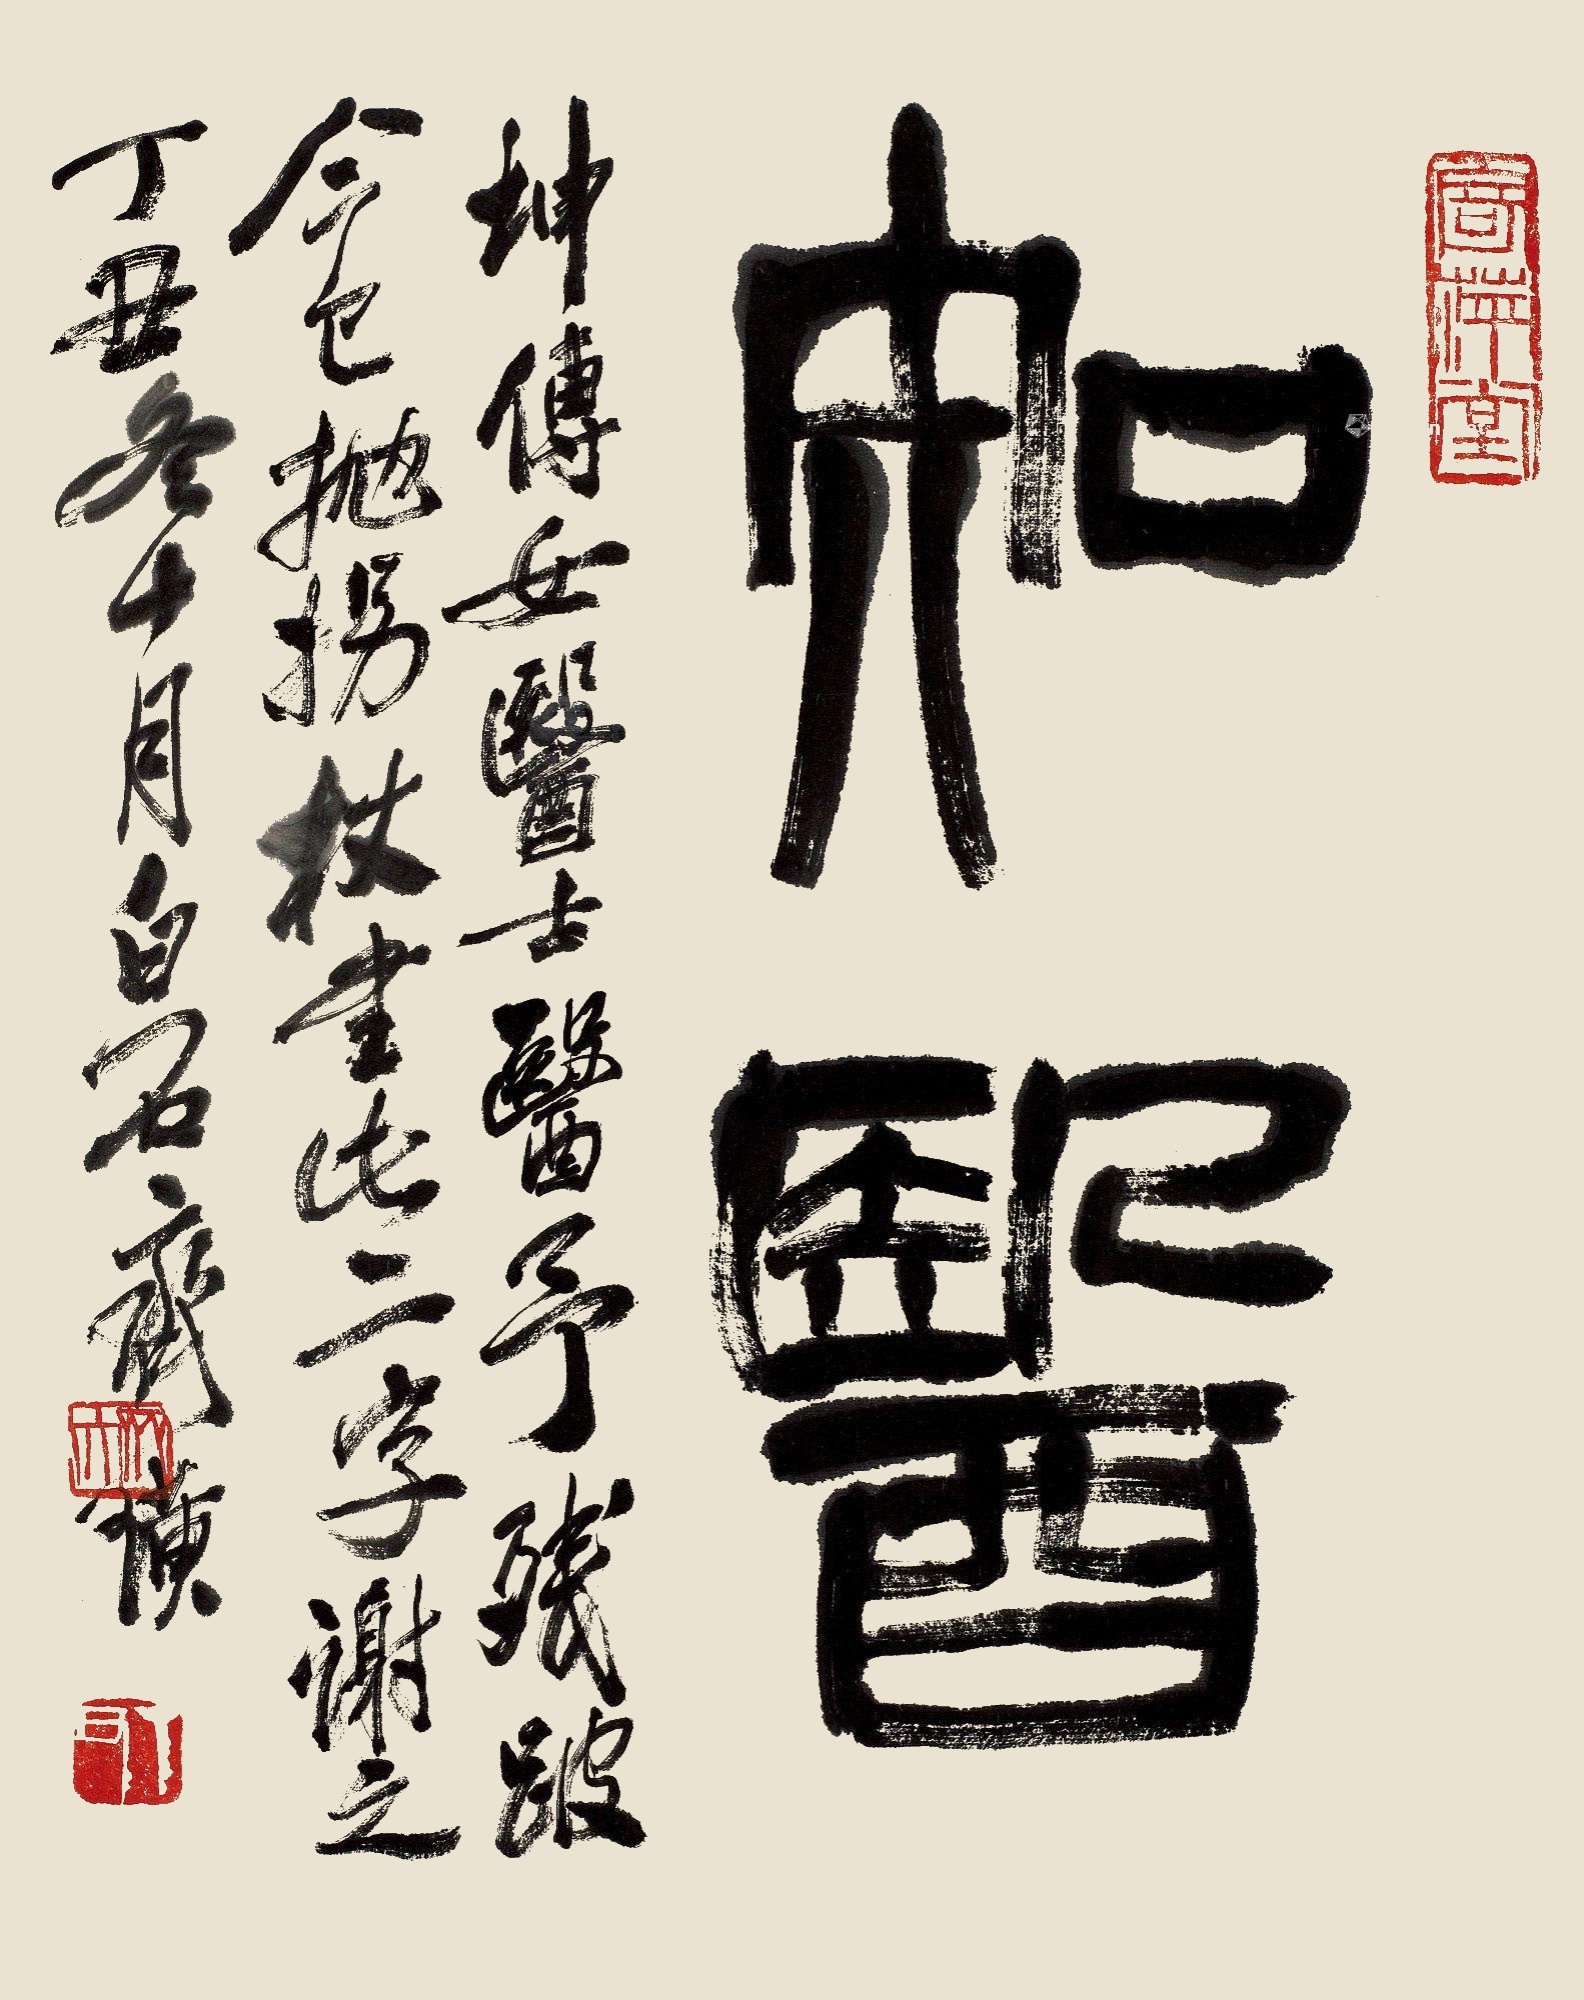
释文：知医。坤傅女医士医予残跛今已抛拐杖书此二字谢之。丁丑冬十月白石齐璜。